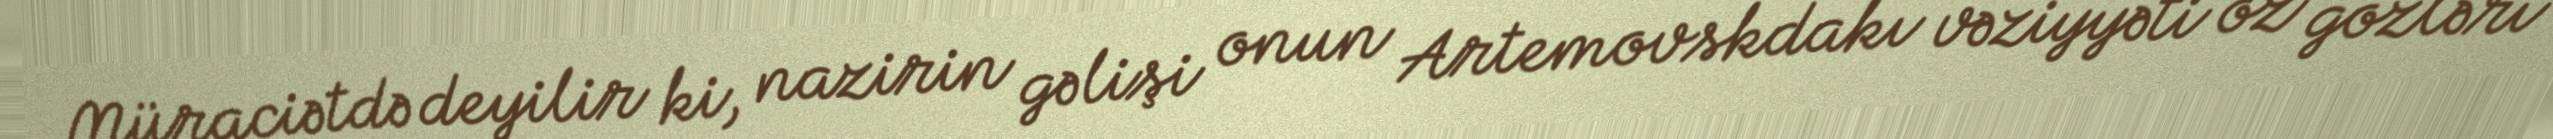
Müraciətdə deyilir ki, nazirin gəlişi onun Artemovskdakı vəziyyəti öz gözləri